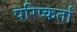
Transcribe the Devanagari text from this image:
परिष्कर्ता